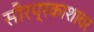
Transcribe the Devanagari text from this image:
सौरप्रकाशावर